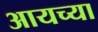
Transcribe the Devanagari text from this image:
आयच्या